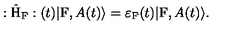
: \hat { \mathrm { H } } _ { \mathrm { F } } : ( t ) | \mathrm { F } , A ( t ) \rangle = { \varepsilon } _ { \mathrm { F } } ( t ) | \mathrm { F } , A ( t ) \rangle .